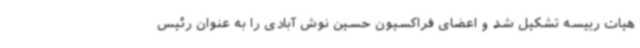
هیات رییسه تشکیل شد و اعضای فراکسیون حسین نوش آبادی را به عنوان رئیس